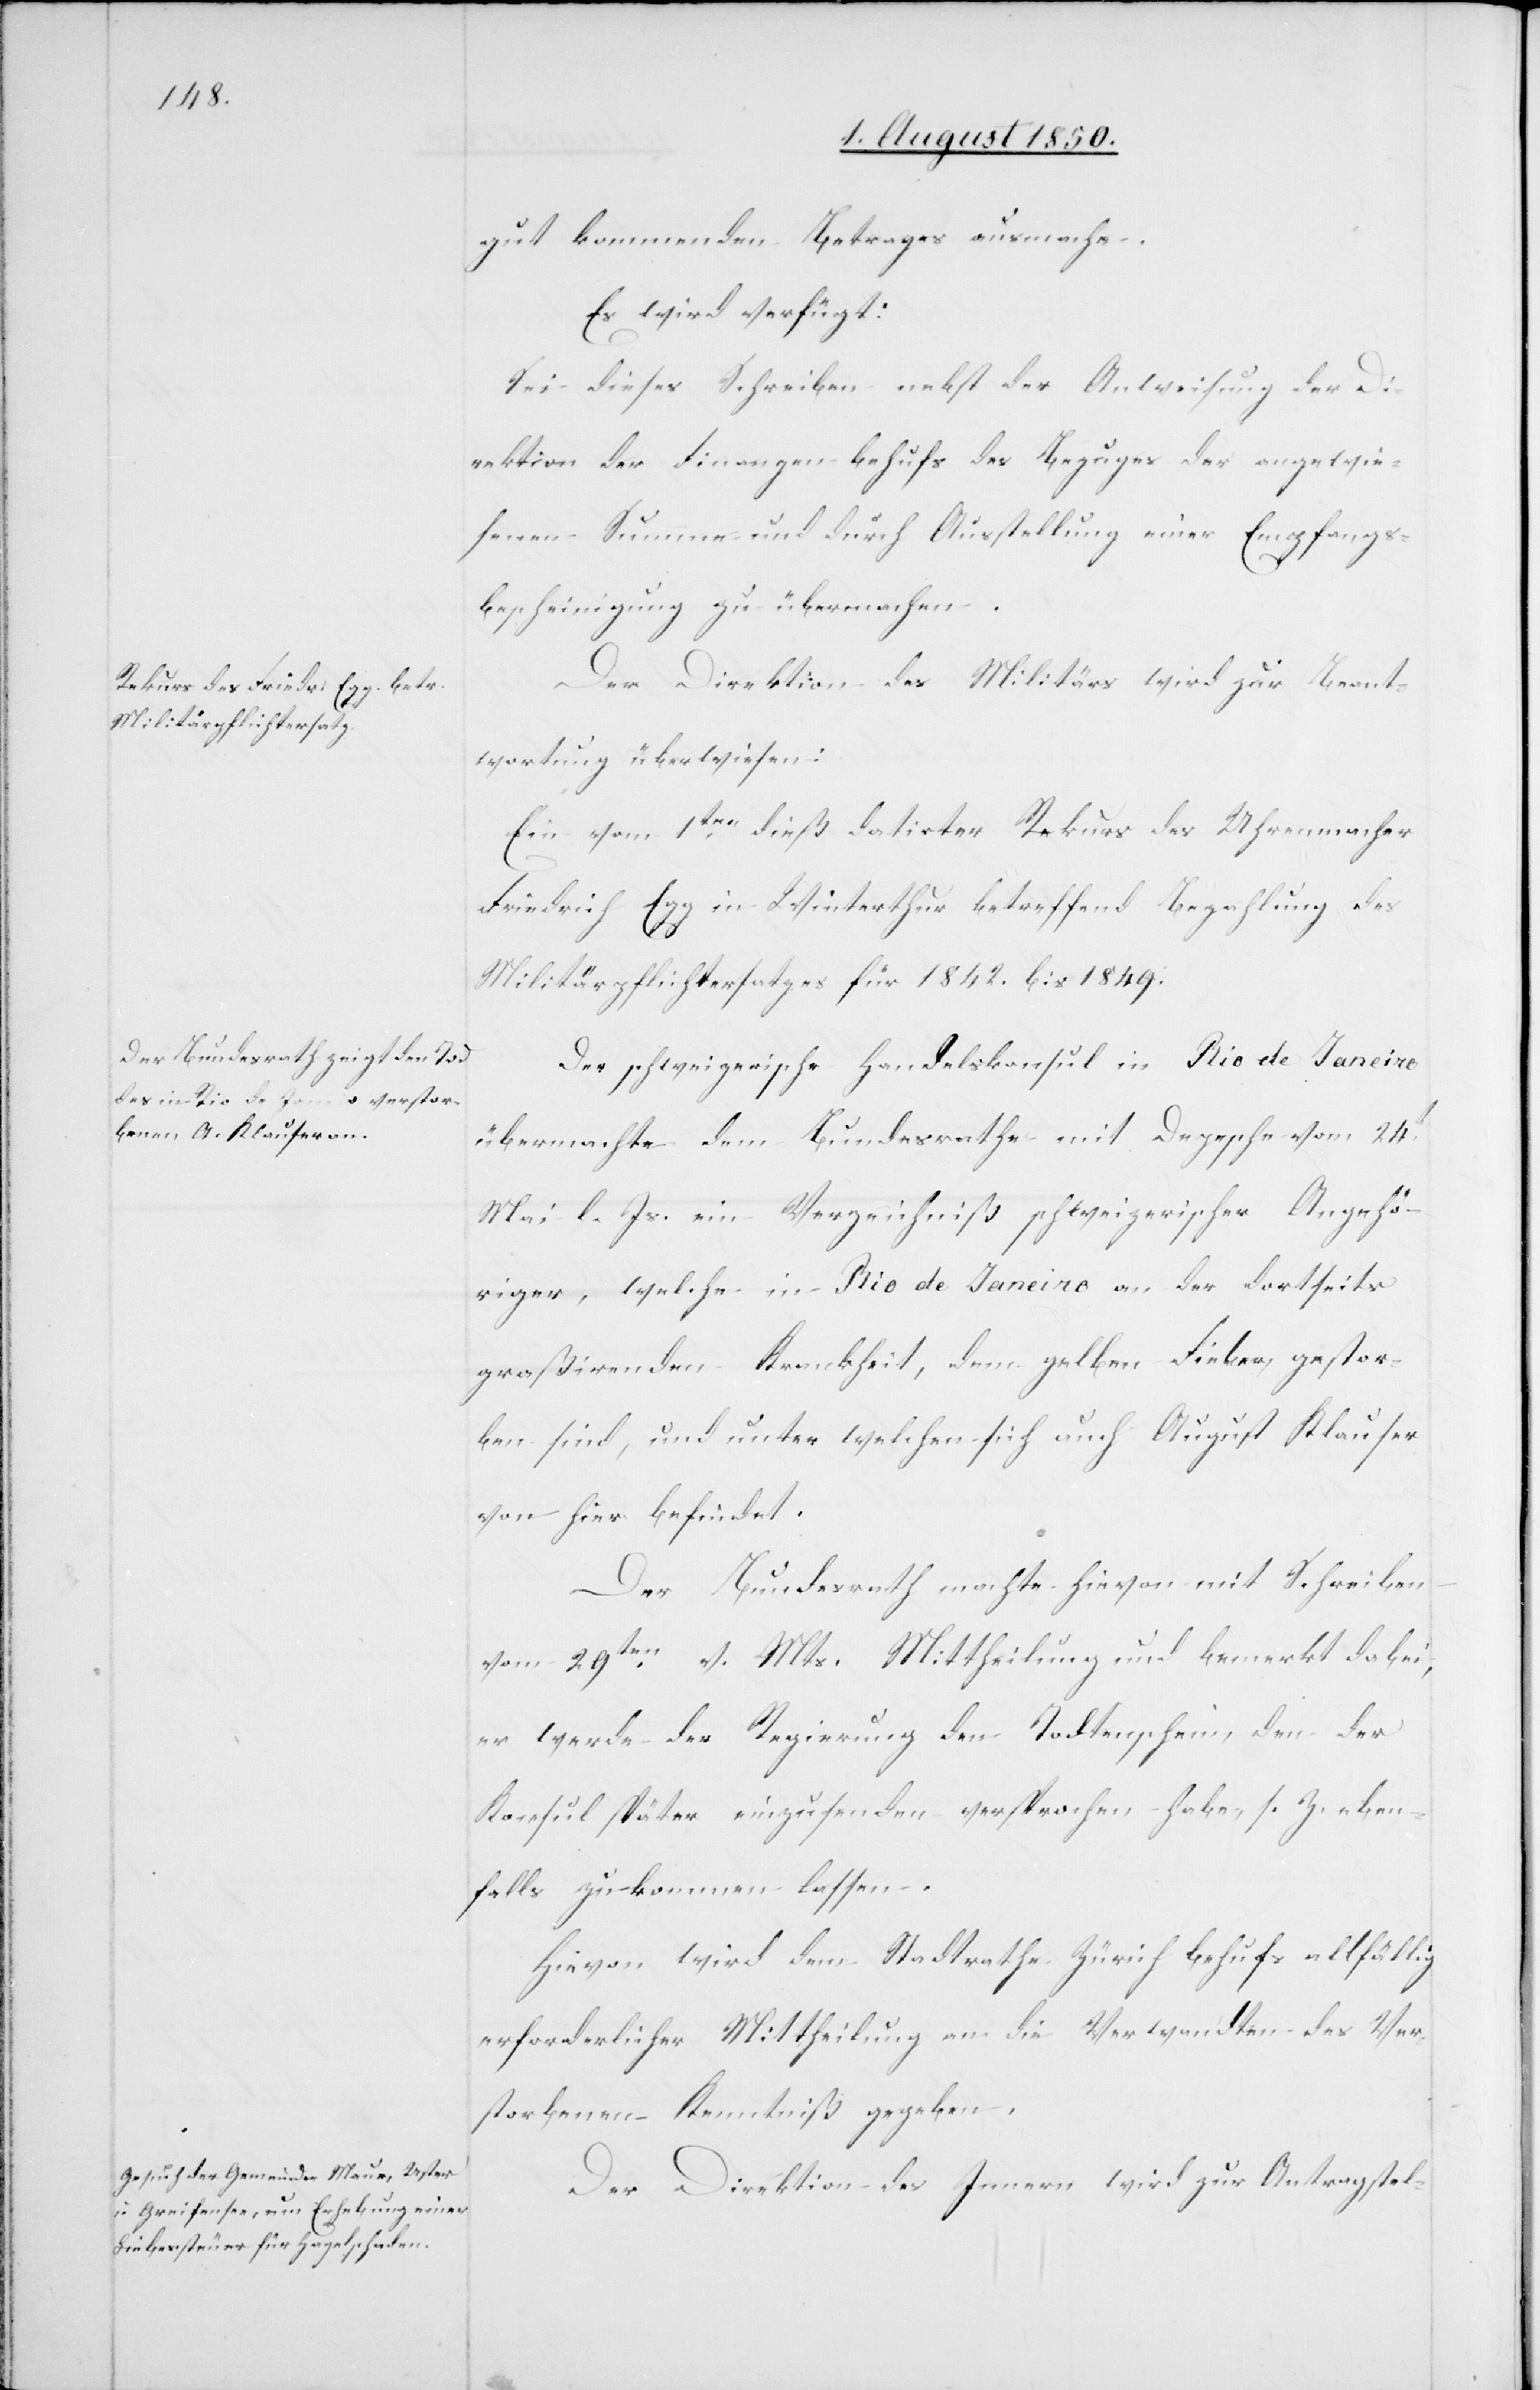
2. August 1850.]
gut kommenden Betrages ausmache.
Es wird verfügt:
Sei dieses Schreiben nebst der Anweisung der Di¬
rektion der Finanzen behufs des Bezuges der angewie¬
senen Summe und durch Ausstellung einer Empfangs¬
bescheinigung zu übermachen.
Der Direktion des Militärs wird zur Beant¬
wortung überwiesen:
Ein vom 1ten dieß datirter Rekurs des Uhrenmacher
Friedrich Egg in Winterthur betreffend Bezahlung des
Militärpflichtersatzes für 1842. bis 1849.
Der schweizerische Handelskonsul in Rio de Janeiro
übermachte dem Bundesrathe mit Depesche vom 24t
Mai l. Js. ein Verzeichniß schweizerischer Angehö¬
riger, welche in Rio de Janeiro an der dortseits
graßirenden Krankheit, dem gelben Fieber, gestor¬
ben sind, und unter welchen sich auch August Klauser
von hier befindet.
Der Bundesrath macht hievon mit Schreiben
vom 29ten v. Mts. Mittheilung und bemerkt dabei,
er werde der Regierung den Todtenschein, den der
Konsul später einzusenden versprochen habe, s. Z. eben¬
falls zukommen lassen.
Hievon wird dem Stadtrathe Zürich behufs allfällig
erforderlicher Mittheilung an die Verwandten des Ver¬
storbenen Kenntniß gegeben.
Der Direktion des Innern wird zur Antragstel-